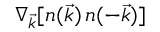
{ \nabla _ { \vec { k } } [ n ( \vec { k } ) \, n ( - \vec { k } ) ] }